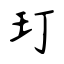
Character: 玎